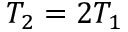
T _ { 2 } = 2 T _ { 1 }